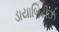
ડાયાબિટીઝ